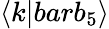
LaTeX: \langle k|bar{b}_{5}\rangle